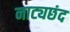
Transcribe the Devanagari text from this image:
नाट्यछंद